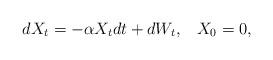
LaTeX: \begin{align*}dX_t = -\alpha X_tdt+dW_t,\;\;\;X_0 = 0,\end{align*}